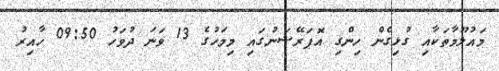
މައުލޫމާތަކާއި ގުޅިގެން ހިންގި އޮޕަރޭޝަނުގައި މިމަހުގެ 13 ވަނަ ދުވަހު 09:50 ހާއިރު